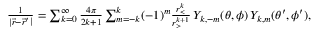
\begin{array} { r } { \frac { 1 } { | \vec { r } - \vec { r } ^ { \prime } | } = \sum _ { k = 0 } ^ { \infty } \frac { 4 \pi } { 2 k + 1 } \sum _ { m = - k } ^ { k } ( - 1 ) ^ { m } \frac { r _ { < } ^ { k } } { r _ { > } ^ { k + 1 } } \, Y _ { k , - m } ( \theta , \phi ) \, Y _ { k , m } ( \theta ^ { \prime } , \phi ^ { \prime } ) , } \end{array}